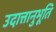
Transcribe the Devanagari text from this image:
उदात्तानुभूति